Vaccination in Bombay 1924-1928 - 1924-1928
Year: 1924
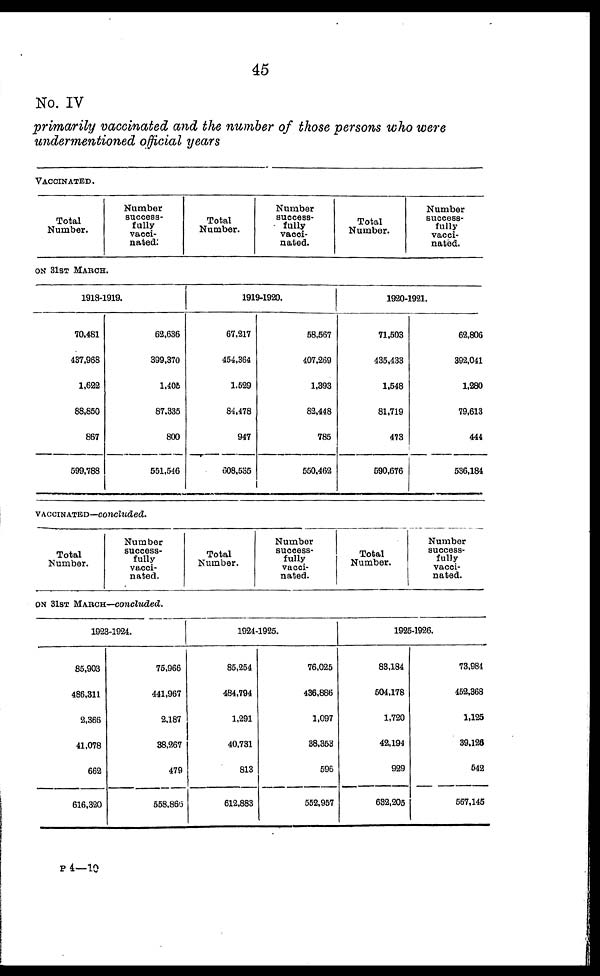
45
No. IV
primarily vaccinated and the number of those persons who were
undermentioned official years
VACCINATED.
Total
Number.
Number
success-
fully
vacci-
nated.
Total
Number.
Number
success-
fully
vacci-
nated.
Total
Number.
Number
success-
fully
vacci-
nated.
ON 31ST MARCH.
1918-1919.
70,481
437,958
1,622
88,850
867
599,788
62,636
399,370
1,405
87,335
800
551,546
1919-1920.
67,217
454,364
1,529
84,478
947
608,535
58,567
407,269
1,393
82,448
785
550,462
1920-1921.
71,503
435,433
1,548
81,719
473
590,676
62,806
392,041
1,280
79,613
444
536,184
VACCINATED—concluded.
Total
Number.
Number
success-
fully
vacci-
nated.
Total
Number.
Number
success-
fully
vacci-
nated.
Total
Number.
Number
success-
fully
vacci-
nated.
ON 31ST MARCH—concluded.
1923-1924.
85,903
486,311
2,366
41,078
662
616,320
75,966
441,967
2,187
38,267
479
558,866
1924-1925.
85,254
484,794
1,291
40,731
813
612,883
76,025
436,886
1,097
38,353
596
552,957
1925-1926.
83,184
504,178
1,720
42,194
929
632,205
73,984
452,368
1,125
39,126
542
567,145
P 4—10